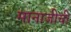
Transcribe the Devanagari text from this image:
मानाजीची